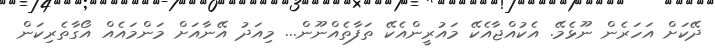
ދޭކަށް އަހަރެން ނޫޅެމޭ. އެކުއްޖާއެކޭ މައުރީންއެކޭ ތަފާތެއްނޫން... މިއަދު އޭނާއަށް މަންމައެއް އޯގާތެރިކަން